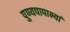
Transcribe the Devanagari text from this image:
पुण्यपापाभ्यां